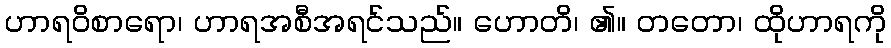
ဟာရဝိစာရော၊ ဟာရအစီအရင်သည်။ ဟောတိ၊ ၏။ တတော၊ ထိုဟာရကို